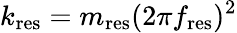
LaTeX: k_{\mathrm{res}}=m_{\mathrm{res}}(2\pi f_{\mathrm{res}})^{2}